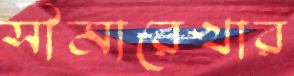
সীমারেখার